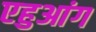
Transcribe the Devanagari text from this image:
एहुआंग